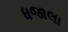
ધજાલા